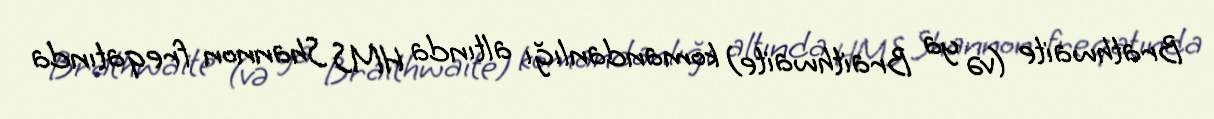
Brathwaite (və ya Braithwaite) komandanlığı altında HMS Shannon freqatında